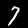
Label: 7